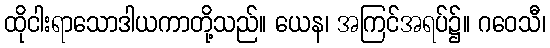
ထိုငါးရာသောဒါယကာတို့သည်။ ယေန၊ အကြင်အရပ်၌။ ဂဝေသီ၊